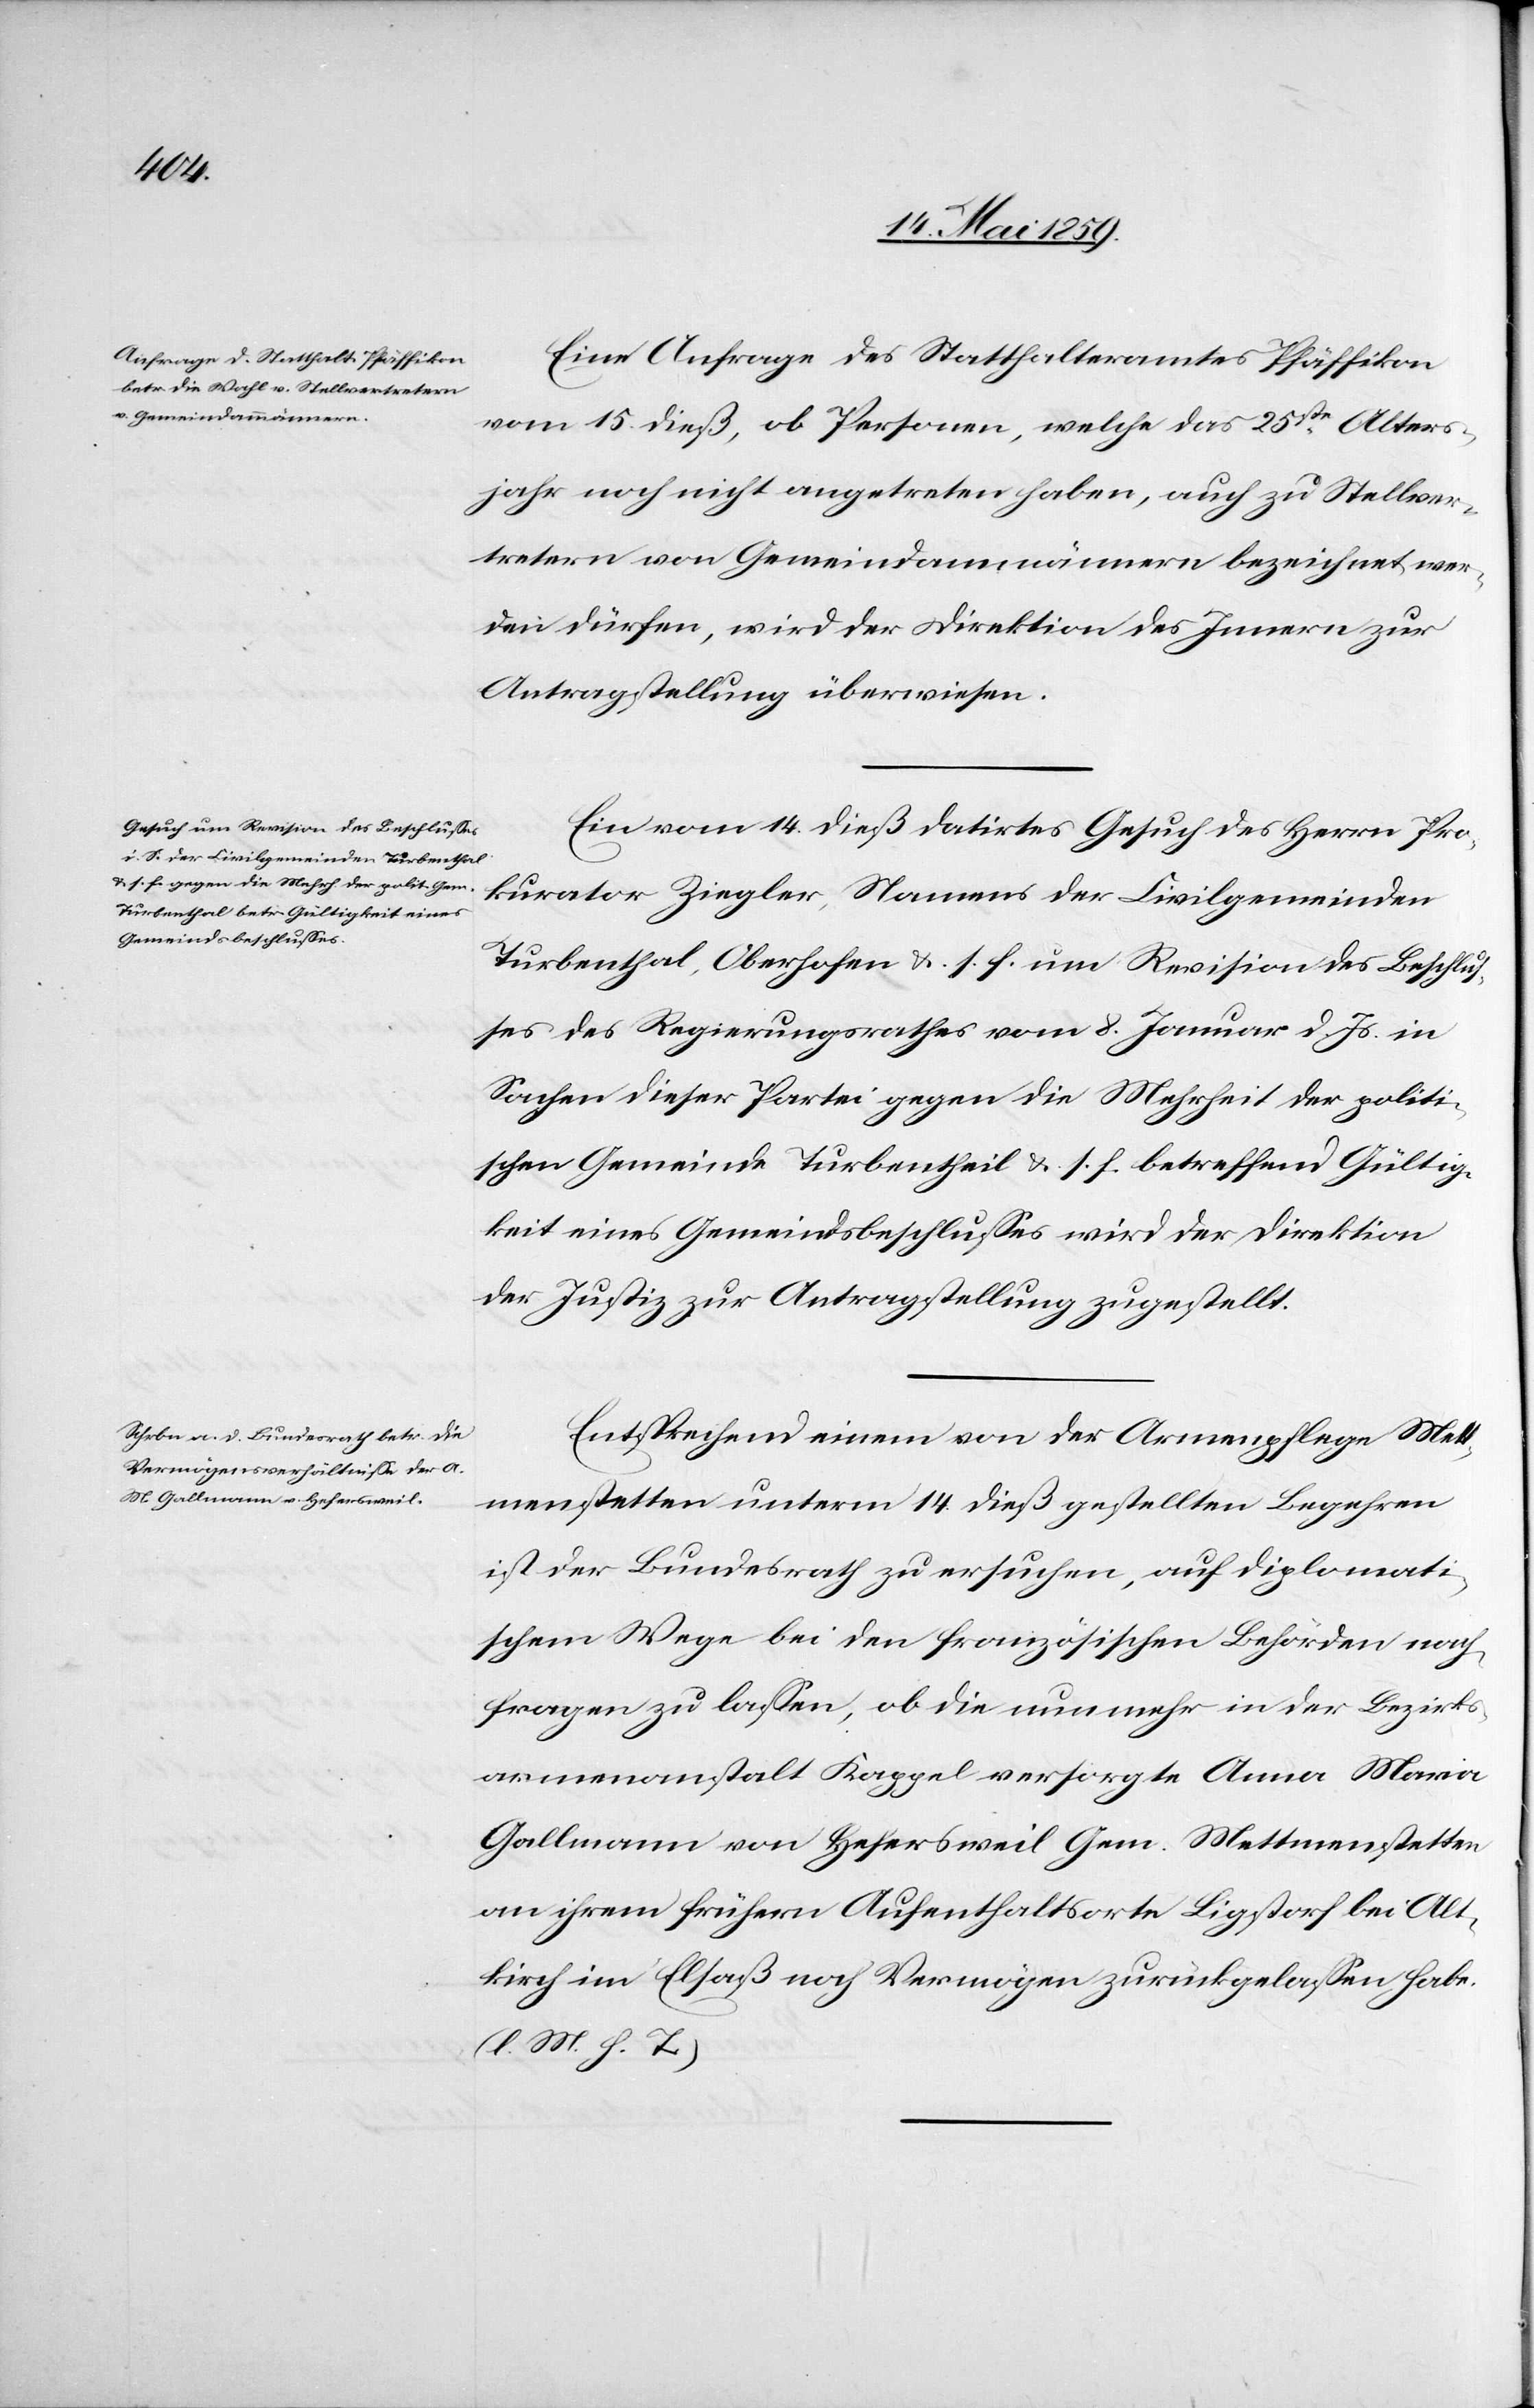
16. Mai 1859.]
Eine Anfrage des Statthalteramtes Pfäffikon
vom 15. dieß, ob Personen, welche das 25ste Alters¬
jahr noch nicht angetreten haben, auch zu Stellver¬
tretern von Gemeindammännern bezeichnet wer¬
den dürfen, wird der Direktion des Innern zur
Antragstellung überwiesen.
Ein vom 14. dieß datirtes Gesuch des Herrn Pro¬
kurator Ziegler, Namens der Civilgemeinden
Turbenthal, Oberhofen &. s. f. um Revision des Beschluß¬
es des Regierungsrathes vom 8. Januar d. Js. in
Sachen dieser Partei gegen die Mehrheit der politi¬
schen Gemeinde Turbentheil [sic!] &. s. f. betreffend Gültig¬
keit eines Gemeindsbeschlußes wird der Direktion
der Justiz zur Antragstellung zugestellt.
Entsprechend einem von der Armenpflege Mett¬
menstetten unterm 14. dieß gestellten Begehren
ist der Bundesrath zu ersuchen, auf diplomati¬
schem Wege bei den französischen Behörden nach¬
fragen zu laßen, ob die nunmehr in der Bezirks¬
armenanstalt Kappel versorgte Anna Maria
Gallmann von Hefersweil Gem. Mettmenstetten
an ihrem frühern Aufenthaltsorte Ligstorf bei Alt¬
kirch im Elsaß noch Vermögen zurückgelaßen habe.
(l. M. h. T.)